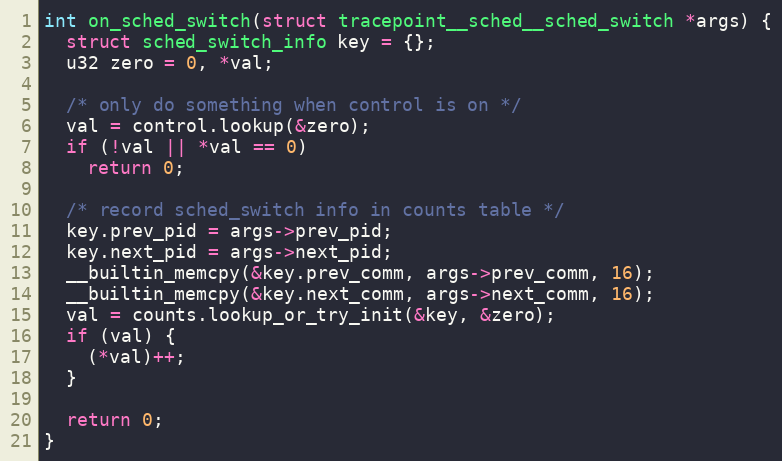
Language: C++
int on_sched_switch(struct tracepoint__sched__sched_switch *args) {
  struct sched_switch_info key = {};
  u32 zero = 0, *val;

  /* only do something when control is on */
  val = control.lookup(&zero);
  if (!val || *val == 0)
    return 0;

  /* record sched_switch info in counts table */
  key.prev_pid = args->prev_pid;
  key.next_pid = args->next_pid;
  __builtin_memcpy(&key.prev_comm, args->prev_comm, 16);
  __builtin_memcpy(&key.next_comm, args->next_comm, 16);
  val = counts.lookup_or_try_init(&key, &zero);
  if (val) {
    (*val)++;
  }

  return 0;
}